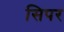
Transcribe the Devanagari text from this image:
सिपर